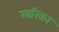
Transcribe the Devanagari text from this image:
खरिका